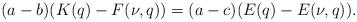
LaTeX: \begin{align*}(a-b)(K(q)-F(\nu,q)) = (a-c)(E(q)-E(\nu,q)).\end{align*}